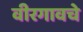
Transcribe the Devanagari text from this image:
वीरगावचे